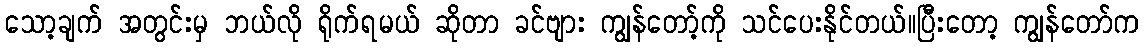
သော့ချက် အတွင်းမှ ဘယ်လို ရိုက်ရမယ် ဆိုတာ ခင်ဗျား ကျွန်တော့်ကို သင်ပေးနိုင်တယ်။ပြီးတော့ ကျွန်တော်က